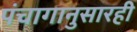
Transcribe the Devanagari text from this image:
पंचागानुसारही